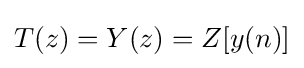
T(z)=Y(z)=Z[y(n)]